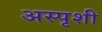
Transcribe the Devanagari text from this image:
अस्पृशी